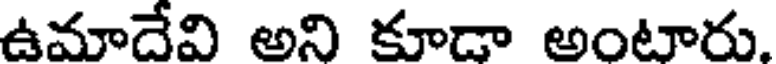
ఉమాదేవి అని కూడా అంటారు.